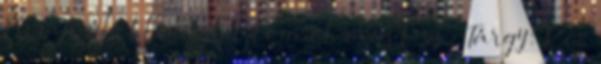
Nem véletlenül ejtem el most is ₰ Tárgy: Re: